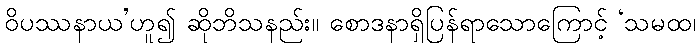
ဝိပဿနာယ’ဟူ၍ ဆိုဘိသနည်း။ စောဒနာရှိပြန်ရာသောကြောင့် ‘သမထ၊